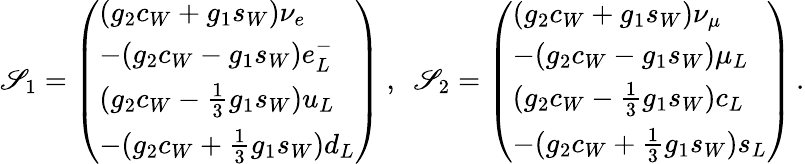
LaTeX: \mathscr{S}_{1}=\left(\begin{array}{l}{{(g_{2}c_{W}+g_{1}s_{W})\nu_{e}}}\\ {{-(g_{2}c_{W}-g_{1}s_{W})e_{L}^{-}}}\\ {{(g_{2}c_{W}-{\frac{1}{3}}g_{1}s_{W})u_{L}}}\\ {{-(g_{2}c_{W}+{\frac{1}{3}}g_{1}s_{W})d_{L}}}\end{array}\right)~,~~\mathscr{S}_{2}=\left(\begin{array}{l}{{(g_{2}c_{W}+g_{1}s_{W})\nu_{\mu}}}\\ {{-(g_{2}c_{W}-g_{1}s_{W})\mu_{L}}}\\ {{(g_{2}c_{W}-{\frac{1}{3}}g_{1}s_{W})c_{L}}}\\ {{-(g_{2}c_{W}+{\frac{1}{3}}g_{1}s_{W})s_{L}}}\end{array}\right)\, .